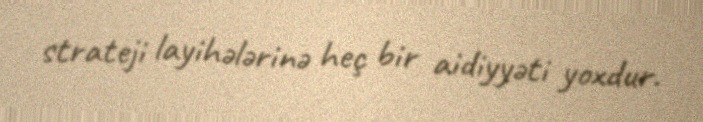
strateji layihələrinə heç bir aidiyyəti yoxdur.